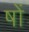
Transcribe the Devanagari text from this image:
षों